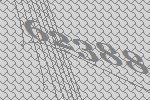
62388